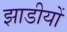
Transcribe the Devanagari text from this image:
झाडीयों